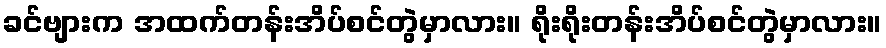
ခင်ဗျားက အထက်တန်းအိပ်စင်တွဲမှာလား။ ရိုးရိုးတန်းအိပ်စင်တွဲမှာလား။